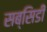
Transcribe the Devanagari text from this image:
सब्सिडी